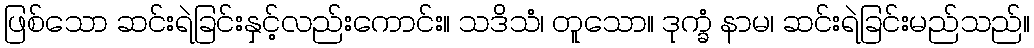
ဖြစ်သော ဆင်းရဲခြင်းနှင့်လည်းကောင်း။ သဒိသံ၊ တူသော။ ဒုက္ခံ နာမ၊ ဆင်းရဲခြင်းမည်သည်။